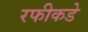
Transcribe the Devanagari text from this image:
रफीकडे